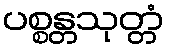
ပစ္စန္တသုတ္တံ